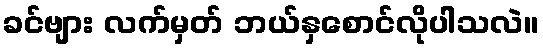
ခင်ဗျား လက်မှတ် ဘယ်နှစောင်လိုပါသလဲ။